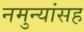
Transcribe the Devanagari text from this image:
नमुन्यांसह